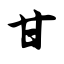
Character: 甘